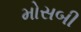
મોસબી